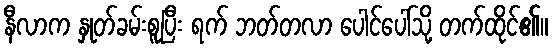
နီလာက နှုတ်ခမ်းစူပြီး ရက် ဘတ်တလာ ပေါင်ပေါ်သို့ တက်ထိုင်၏။